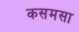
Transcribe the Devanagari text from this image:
कसमसा